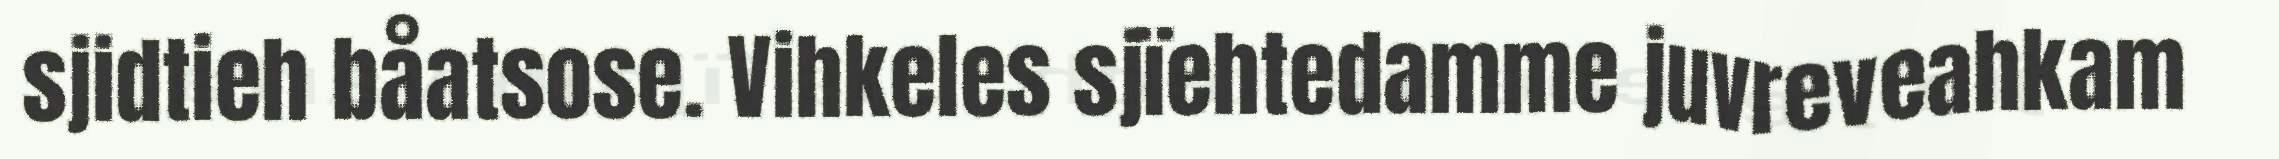
sjidtieh båatsose. Vihkeles sjïehtedamme juvreveahkam